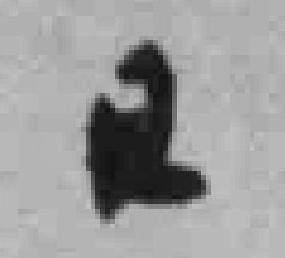
日